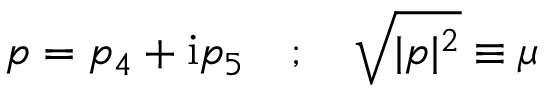
p = p _ { 4 } + \mathrm { i } p _ { 5 } \quad ; \quad \sqrt { | p | ^ { 2 } } \equiv \mu